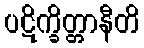
ပဋိက္ခိတ္တာနီတိ